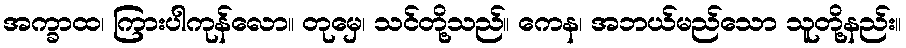
အက္ခာထ၊ ကြားပါကုန်လော။ တုမှေ၊ သင်တို့သည်။ ကေန၊ အဘယ်မည်သော သူတို့နည်း။